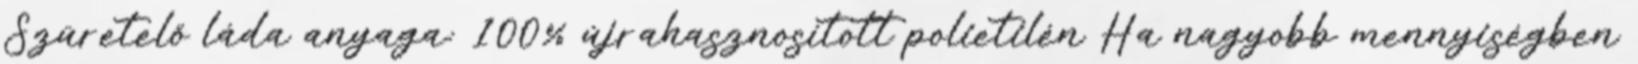
Szüretelő láda anyaga: 100% újrahasznosított polietilén Ha nagyobb mennyiségben